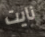
نايت